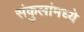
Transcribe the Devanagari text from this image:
संकुलांमध्ये